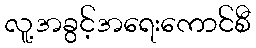
လူ့အခွင့်အရေးကောင်စီ